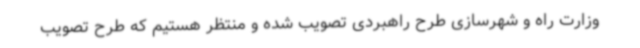
وزارت راه و شهرسازی طرح راهبردی تصویب شده و منتظر هستیم که طرح تصویب